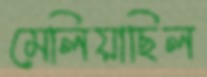
মেলিয়াছিল